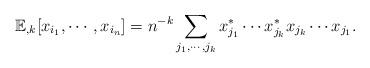
LaTeX: \begin{align*} \mathbb{E}_{, k}[ x_{i_1}, \cdots, x_{i_n} ] = n^{-k} \sum_{j_1, \cdots, j_k}x_{j_1}^* \cdots x_{j_k}^*x_{j_k} \cdots x_{j_1}. \end{align*}